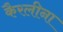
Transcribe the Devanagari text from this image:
कैरलीना